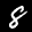
Label: 8